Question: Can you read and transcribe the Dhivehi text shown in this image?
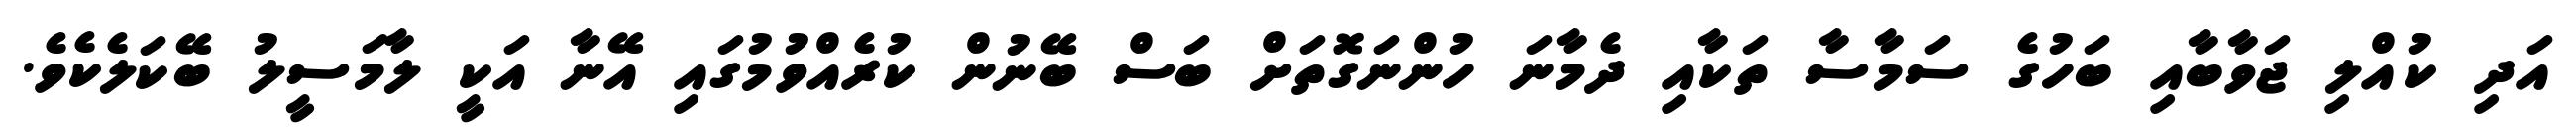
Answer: އަދި ކުއްލި ޖަވާބާއި ބަހުގެ ސަމާސާ ތަކާއި ދެމާނަ ހުންނަގޮތަށް ބަސް ބޭނުން ކުރެއްވުމުގައި އޭނާ އަކީ ލާމަސީލު ބޭކަލެކެވެ.